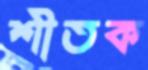
শীতক